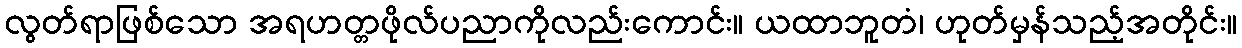
လွတ်ရာဖြစ်သော အရဟတ္တဖိုလ်ပညာကိုလည်းကောင်း။ ယထာဘူတံ၊ ဟုတ်မှန်သည့်အတိုင်း။